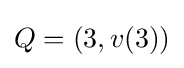
Q=(3,v(3))